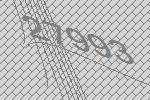
27993